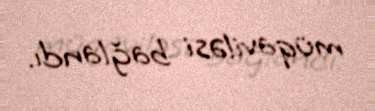
müqaviləsi bağlandı.